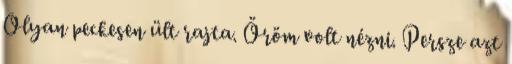
Olyan peckesen ült rajta. Öröm volt nézni. Persze azt